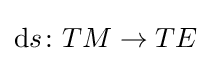
{\rm {d}}s\colon TM\to TE